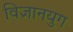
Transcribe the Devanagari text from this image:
विज्ञानयुग